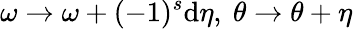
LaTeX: \omega\rightarrow\omega+(-1)^{s}\mathrm{d}\eta,\ \theta\rightarrow\theta+\eta